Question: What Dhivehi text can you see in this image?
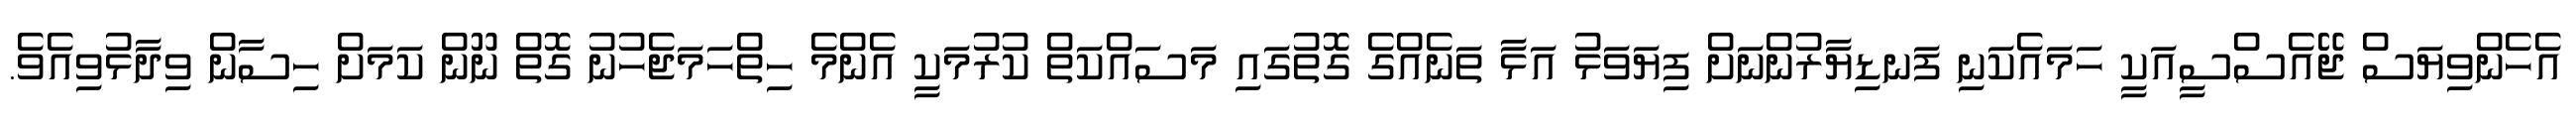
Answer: އެހެންވިޔަސް ޖޭއެސްސީއަކީ ހަމައެކަނި ފަނޑިޔާރުންނަށް ފިޔަވަޅު އަޅާ ތަނެއްގެ ގޮތުގައި މަސައްކަތް ކުރުމަކީ އެންމެ ހިތްހަމަޖެހުނު ގޮތް ނޫން ކަމަށް ހިސާން ވިދާޅުވިއެވެ.